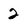
Character: 2